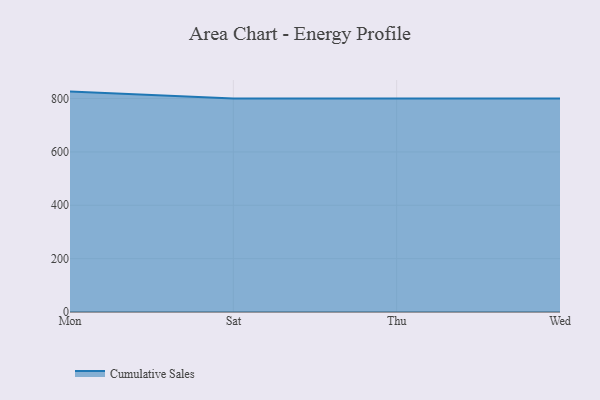
{"axis": {"x": "Day", "y": "Active Users"}, "legend": ["Cumulative Sales"], "data": [{"x": "Mon", "y": 826.1, "type": "Cumulative Sales"}, {"x": "Sat", "y": 800, "type": "Cumulative Sales"}, {"x": "Thu", "y": 800, "type": "Cumulative Sales"}, {"x": "Wed", "y": 800, "type": "Cumulative Sales"}]}